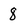
Character: 8